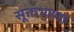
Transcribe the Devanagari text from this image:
सूक्तभाष्या